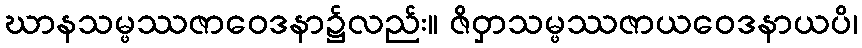
ဃာနသမ္ဖဿဇာဝေဒနာ၌လည်း။ ဇိဝှာသမ္ဖဿဇာယဝေဒနာယပိ၊